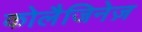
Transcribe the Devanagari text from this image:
कोलैजिनेज़